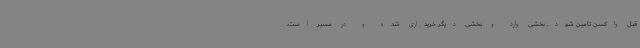
قبل واکسن تامین شود. بخشی وارد و بخشی دیگر خریداری شده و در مسیر است.